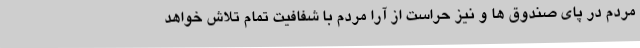
مردم در پای صندوق ها و نیز حراست از آرا مردم با شفافیت تمام تلاش خواهد